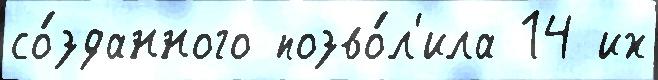
со́зданного позво́л'ила 14 их